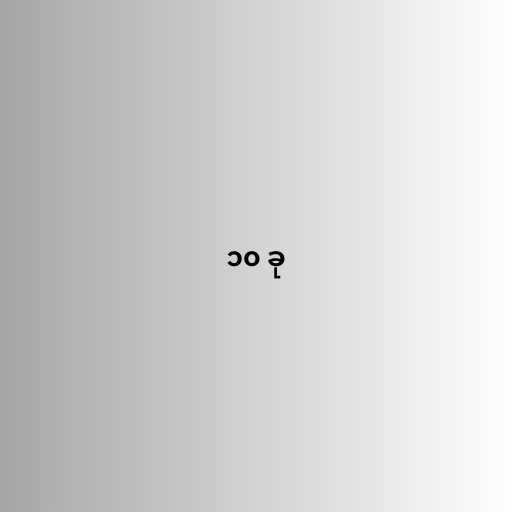
၁၀ ခု